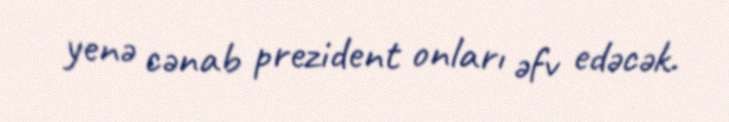
yenə cənab prezident onları əfv edəcək.